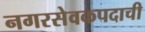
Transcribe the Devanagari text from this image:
नगरसेवकपदाची